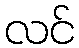
လင်